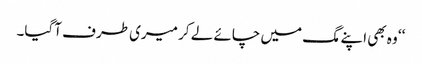
‘‘ وہ بھی اپنے مگ میں چائے لے کر میری طرف آگیا۔